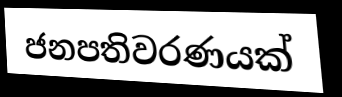
ජනපතිවරණයක්